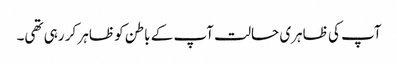
آپ کی ظاہری حالت آپ کے باطن کو ظاہر کر رہی تھی۔